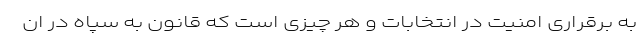
به برقراری امنیت در انتخابات و هر چیزی است که قانون به سپاه در ان